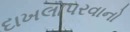
દાખલોપરવાનો